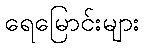
ရေမြောင်းများ